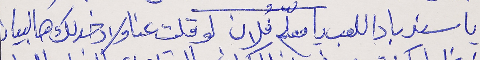
يا سندباد اللعب يا معلّم فُلان      لو قلت عنا ولاد خدلك هالبيان